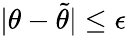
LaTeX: |\theta-\widetilde{\theta}|\leq\epsilon